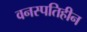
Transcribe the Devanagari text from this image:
वनस्पतिहीन